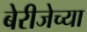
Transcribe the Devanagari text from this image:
बेरीजेच्या